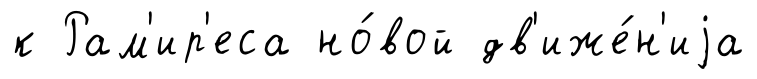
к Рам'ир'еса но́вой дв'иже́н'иjа